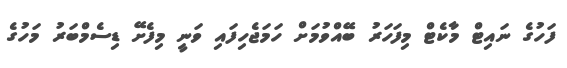
ފަހުގެ ނައިޓް މާކެޓް މިފަހަރު ބޭއްވުމަށް ހަމަޖެހިފައި ވަނީ މިފެށޭ ޑިސެމްބަރު މަހުގެ